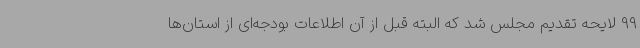
99 لایحه تقدیم مجلس شد که البته قبل از آن اطلاعات بودجه‌ای از استان‌ها